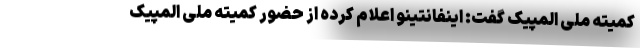
کمیته ملی المپیک گفت: اینفانتینو اعلام کرده از حضور کمیته ملی المپیک